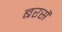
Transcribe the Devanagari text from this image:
बरसें